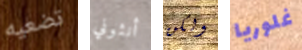
تضعيه أنثوني ولكن غلوريا